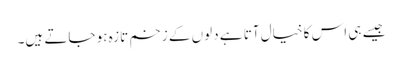
جیسے ہی اس کا خیال آتا ہے دلوں کے زخم تازہ ہو جاتے ہیں۔